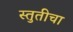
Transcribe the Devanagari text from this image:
स्तुतीचा